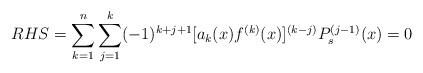
LaTeX: \begin{align*}RHS&=\sum_{k=1}^n\sum_{j=1}^k(-1)^{k+j+1}[a_k(x)f^{(k)}(x)]^{(k-j)}P_s^{(j-1)}(x)=0\end{align*}